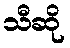
သီဆို